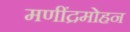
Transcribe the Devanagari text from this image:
मणींद्रमोहन